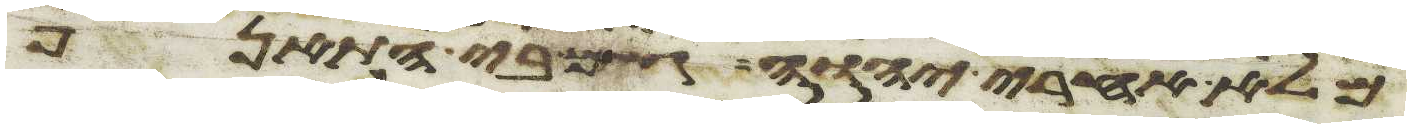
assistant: מלא אחרי יהוה גם בי התאנף